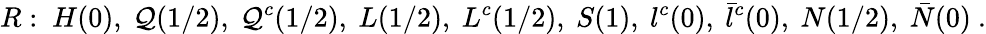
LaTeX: R:~H(0),~\mathcal{Q}(1/2),~\mathcal{Q}^{c}(1/2),~L(1/2),~L^{c}(1/2),~S(1),~l^{c}(0),~\bar{{l}}^{c}(0),~N(1/2),~\bar{{N}}(0)~.